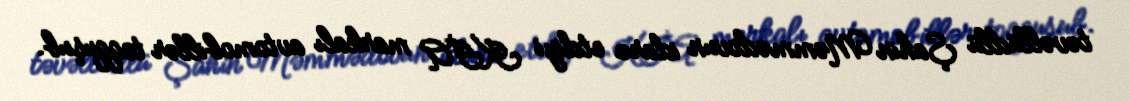
təvəllüdlü Şahin Məmmədovun idarə etdiyi KİA markalı avtomobillər toqquşub.